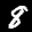
Label: 8